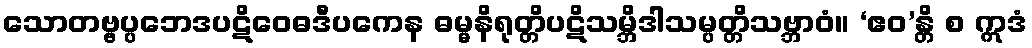
သောတဗ္ဗပ္ပဘေဒပဋိဝေဓဒီပကေန ဓမ္မနိရုတ္တိပဋိသမ္ဘိဒါသမ္ပတ္တိသဗ္ဘာဝံ။ ‘ဧဝ’န္တိ စ ဣဒံ